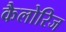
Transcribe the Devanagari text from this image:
कैलोरिज